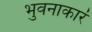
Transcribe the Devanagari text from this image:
भुवनाकारं